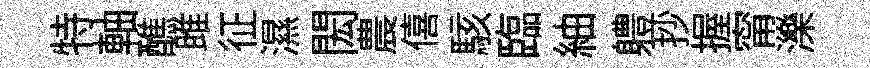
特軸醮雎征濕閎農僖駭臨紬軆抄握甯濼